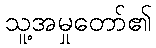
သူ့အမှုတော်၏